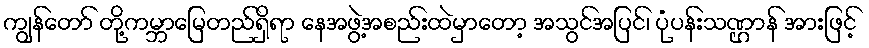
ကျွန်တော် တို့ကမ္ဘာမြေတည်ရှိရာ နေအဖွဲ့အစည်းထဲမှာတော့ အသွင်အပြင်၊ ပုံပန်းသဏ္ဌာန် အားဖြင့်